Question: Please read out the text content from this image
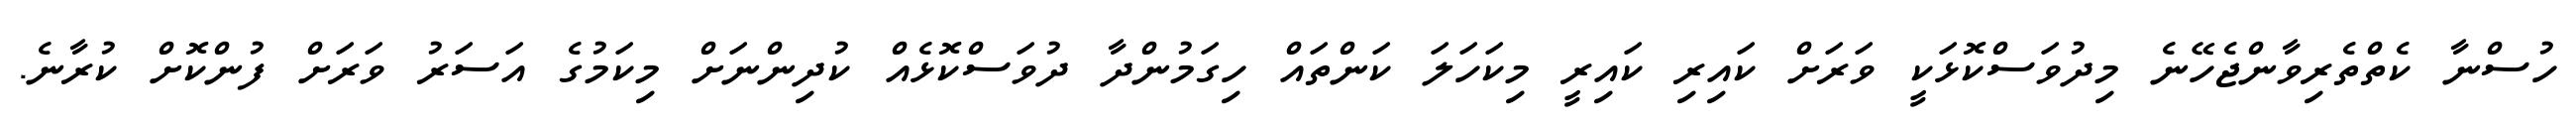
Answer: ހުސްނާ ކެތްތެރިވާންޖެހޭނެ މިދުވަސްކޮޅަކީ ވަރަށް ކައިރި ކައިރީ މިކަހަލަ ކަންތައް ހިގަމުންދާ ދުވަސްކޮޅެއް ކުދިންނަށް މިކަމުގެ އަސަރު ވަރަށް ފުންކޮށް ކުރާނެ.